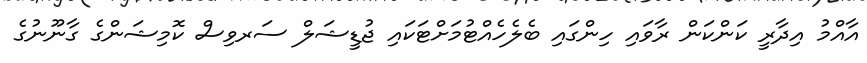
އާއްމު އިދާރީ ކަންކަން ރާވައި ހިންގައި ބެލެހެއްޓުމަށްޓަކައި ޖުޑީޝަލް ސަރވިސް ކޮމިޝަންގެ ގާނޫނުގެ